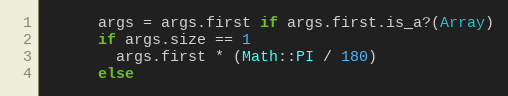
Language: Ruby
      args = args.first if args.first.is_a?(Array)
      if args.size == 1
        args.first * (Math::PI / 180)
      else